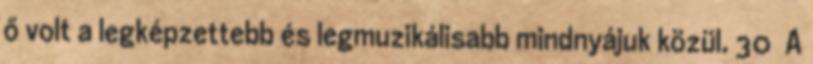
ő volt a legképzettebb és legmuzikálisabb mindnyájuk közül. 30 A